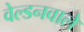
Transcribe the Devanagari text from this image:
वेल्डनवाले